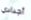
أجدادي